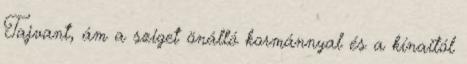
Tajvant, ám a sziget önálló kormánnyal és a kínaitól